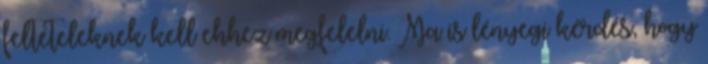
feltételeknek kell ehhez megfelelni. Ma is lényegi kérdés, hogy